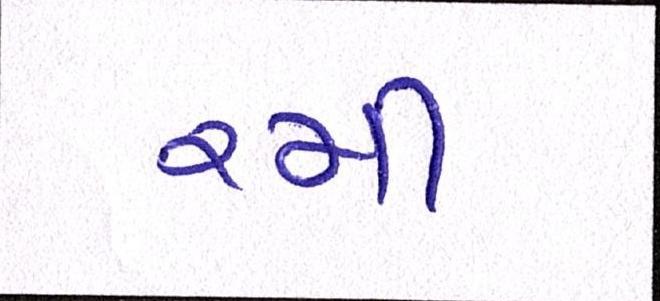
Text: રમી